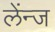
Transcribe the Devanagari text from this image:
लेंन्ज